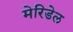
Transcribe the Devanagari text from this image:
मेरिडेल